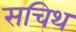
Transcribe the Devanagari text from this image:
सचिथ